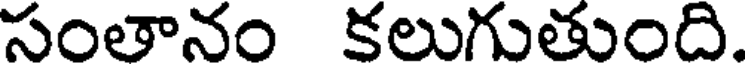
సంతానం కలుగుతుంది.